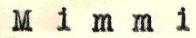
Mimmi